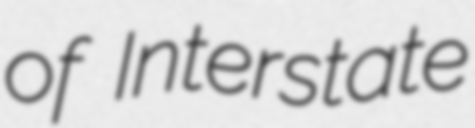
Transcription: of Interstate